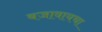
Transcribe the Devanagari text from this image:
बजावायचा